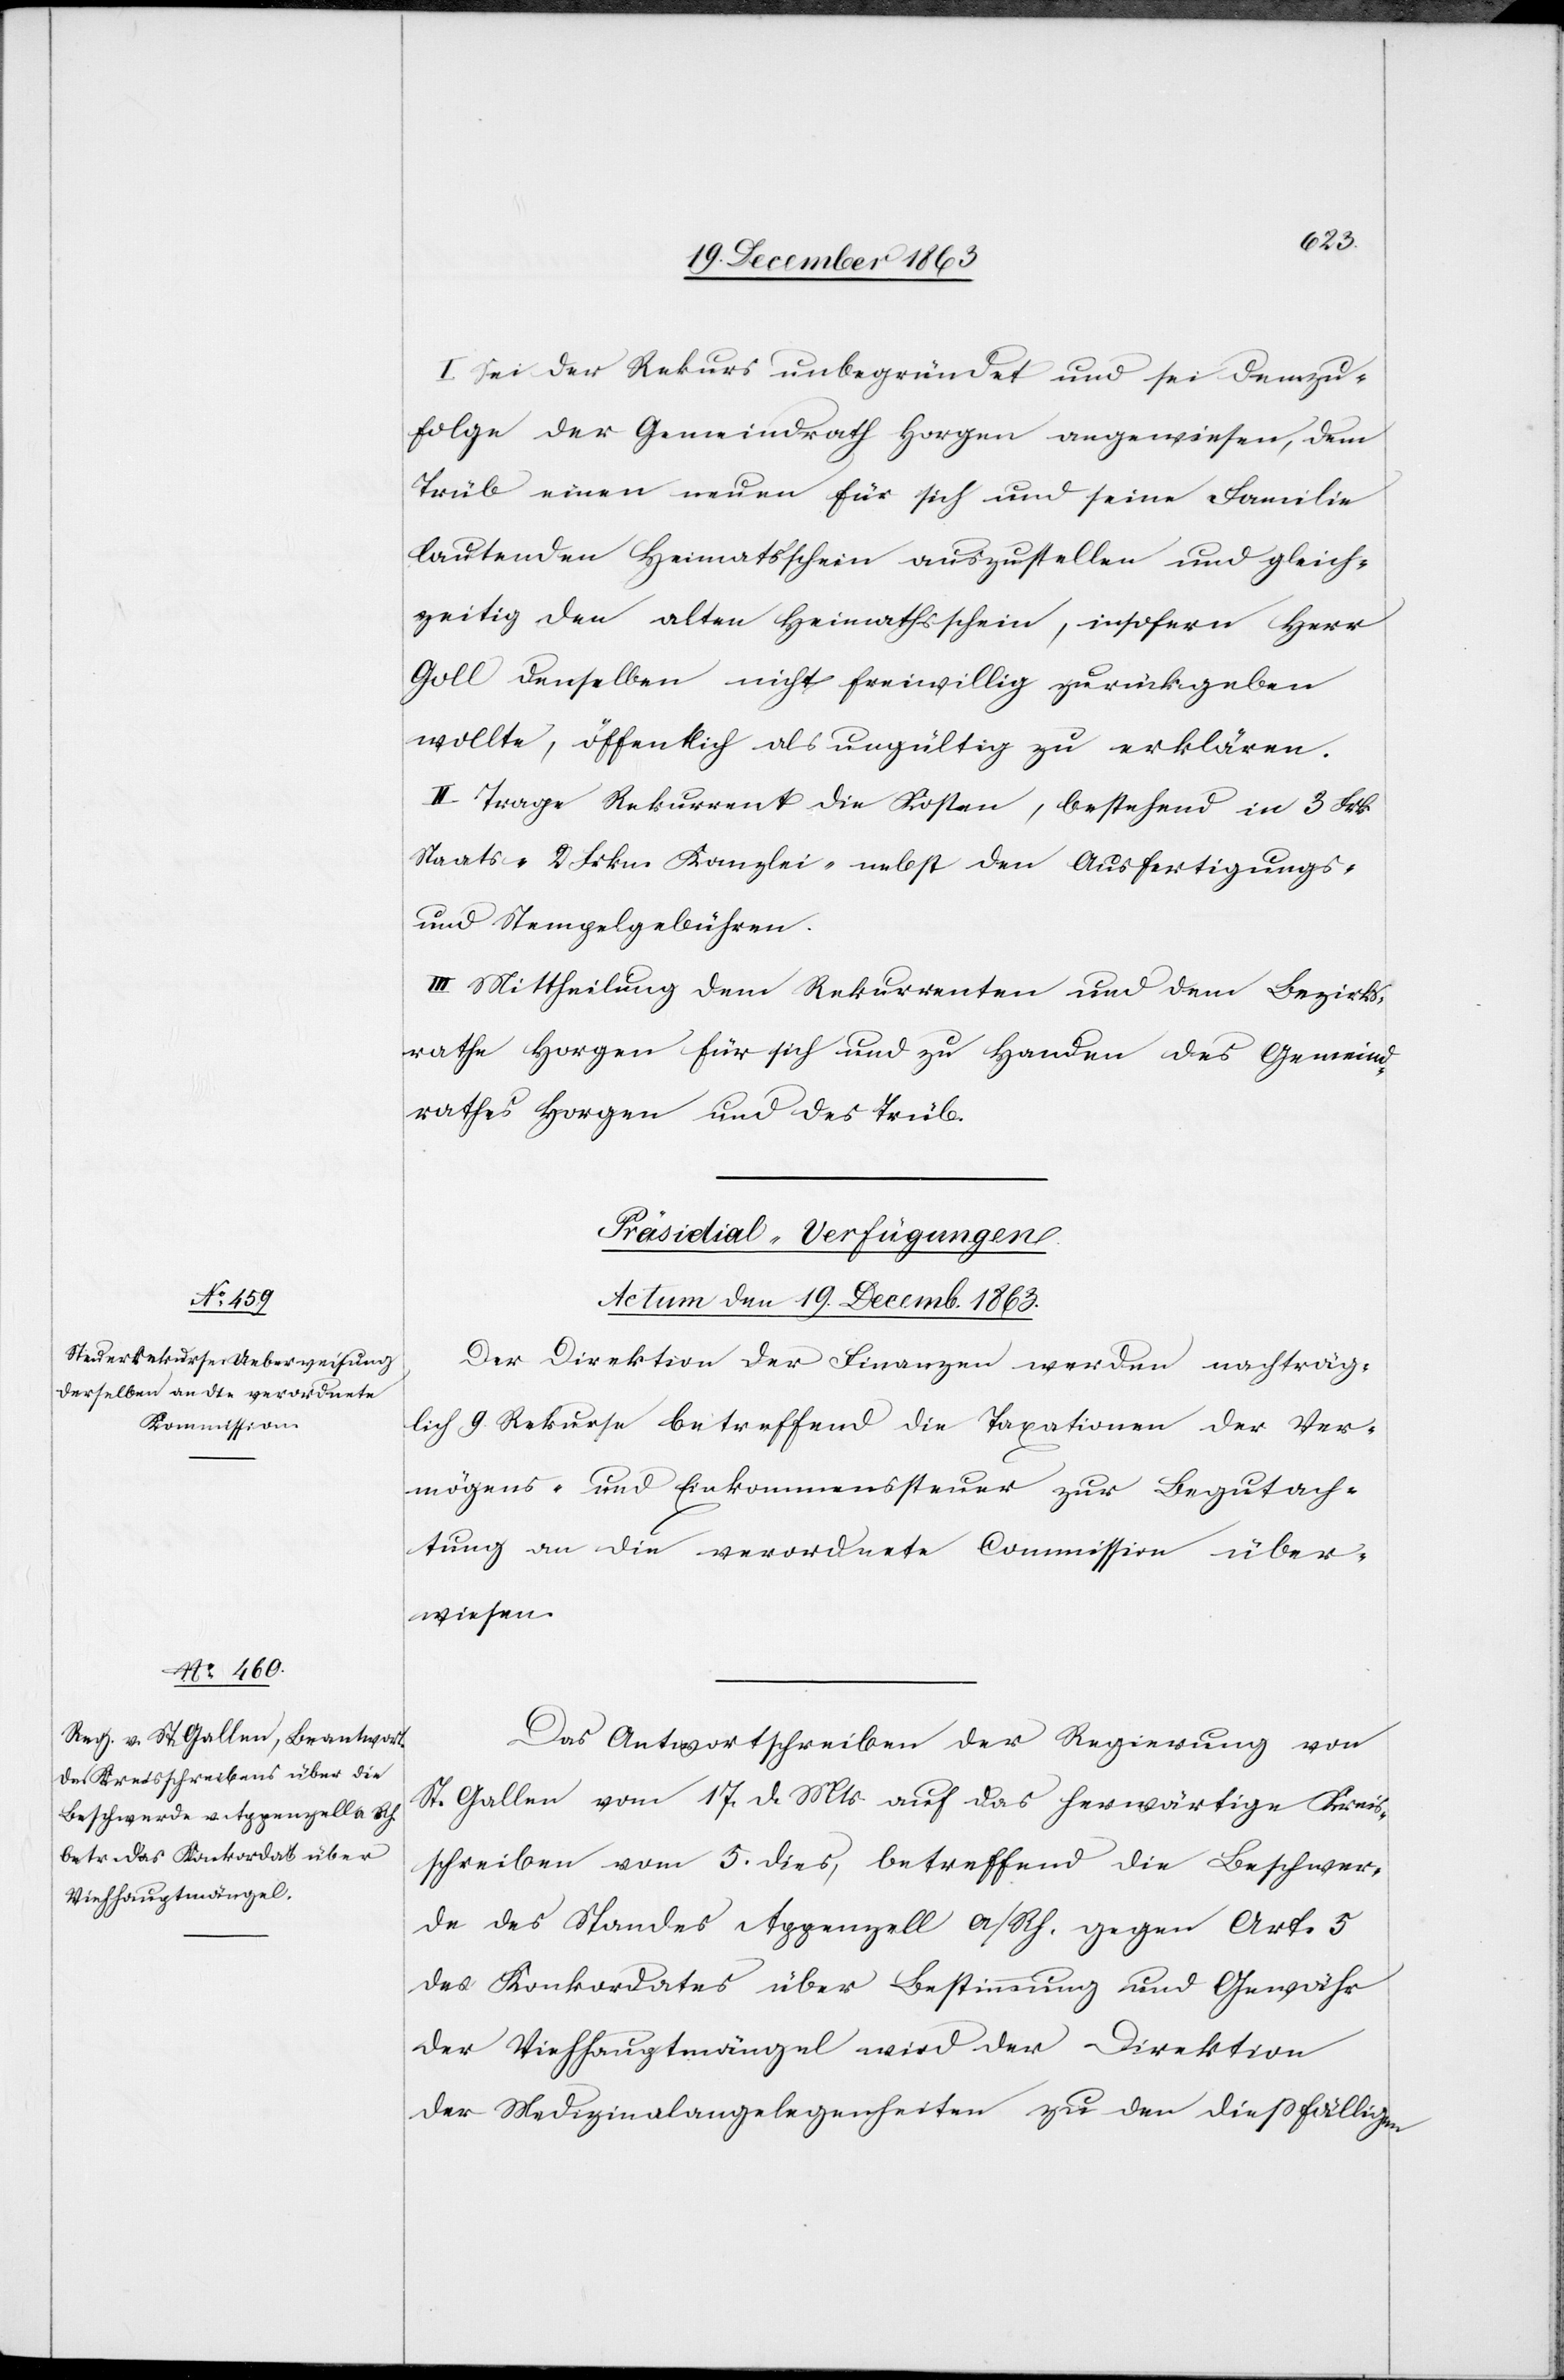
I. Sei der Rekurs unbegründet und sei demzu¬
folge der Gemeindrath Horgen angewiesen, dem
Trüb einen neuen für sich und seine Familie
lautenden Heimatschein auszustellen und gleich¬
zeitig den alten Heimathsschein, insofern Herr
Goll denselben nicht freiwillig zurückgeben
wollte, öffentlich als ungültig zu erklären.
II. Trage Rekurrent die Kosten, bestehend in 3 Frk
Staats-[,] 2 Frkn. Kanzlei-[,] nebst den Ausfertigungs-
und Stempelgebühren.
III. Mittheilung dem Rekurrenten und dem Bezirks¬
rathe Horgen für sich und zu Handen des Gemeind¬
rathes Horgen und des Trüb.
[Präsidial-Verfügungen.
Actum den 19. Decemb. 1863.]
Der Direktion der Finanzen werden nachträg¬
lich 9. Rekurse betreffend die Taxationen der Ver¬
mögens- und Einkommenssteuer zur Begutach¬
tung an die verordnete Commission über¬
wiesen.
Das Antwortschreiben der Regierung von
St. Gallen vom 17. d. Mts. auf das herwärtige Kreis¬
schreiben vom 5. dies, betreffend die Beschwer¬
de des Standes Appenzell a/Rh. gegen Art. 5
des Konkordates über Bestimmung und Gewähr
der Viehhauptmängel wird der Direktion
der Medizinalangelegenheiten zu den diessfälligen